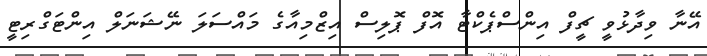
އޭނާ ވިދާޅުވީ ޗީފް އިންސްޕެކްޓާ އޮފް ޕޮލިސް އިޒްމިއާގެ މައްސަލަ ނޭޝަނަލް އިންޓަގްރިޓީ